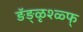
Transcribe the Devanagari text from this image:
ङॅङ्ळृश्ळ्फ्